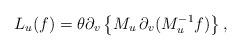
LaTeX: \begin{align*}L_u(f)=\theta \partial_v\left\{M_u\,\partial_v(M_{u}^{-1}f)\right\},\end{align*}